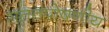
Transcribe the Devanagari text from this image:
सततपोषणीय